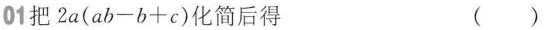
01 把2a(ab-b+c)化简后得 （ ）